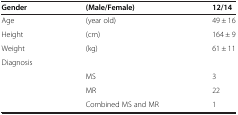
| Gender | (Male/Female) | 12/14 |
 | --- | --- | --- |
 | Age | (year old) | 49 ± 16 |
 | Height | (cm) | 164 ± 9 |
 | Weight | (kg) | 61 ± 11 |
 | Diagnosis |  |  |
 |  | MS | 3 |
 |  | MR | 22 |
 |  | Combined MS and MR | 1 |